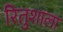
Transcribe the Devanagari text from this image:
रितुशाला